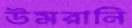
উমরানি